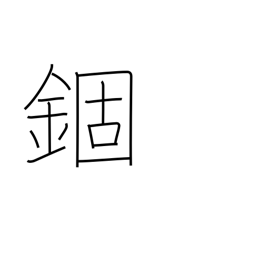
Meaning: confinement